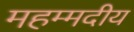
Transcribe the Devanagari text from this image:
महम्मदीय